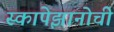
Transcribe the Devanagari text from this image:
स्कापेझानोची